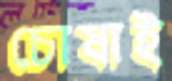
চোষাই